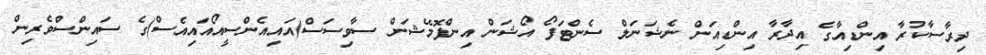
ދިރާސާކުރާ އިންޑިއާގެ އިދާރާ އިންޑިއަން ނެޝަނަލް ސެންޓަފޯ އޯޝަން އިންފޮމޭޝަން ސާވިސަސް(އައިއެންސީއޯއައިއެސް)ގެ ސައިންސްވެރިން